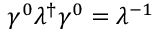
\gamma ^ { 0 } \lambda ^ { \dagger } \gamma ^ { 0 } = \lambda ^ { - 1 }